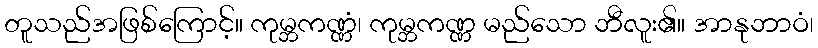
တူသည်အဖြစ်ကြောင့်။ ကုမ္ဘကဏ္ဏံ၊ ကုမ္ဘကဏ္ဏ မည်သော ဘီလူး၏။ အာနုဘာဝံ၊